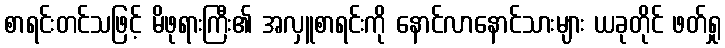
စာရင်းတင်သဖြင့် မိဖုရားကြီး၏ အလှူစာရင်းကို နောင်လာနောင်သားများ ယခုတိုင် ဖတ်ရှု